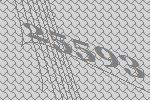
25593